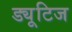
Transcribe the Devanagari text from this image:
ड्यूटिज